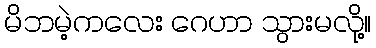
မိဘမဲ့ကလေး ဂေဟာ သွားမလို့။